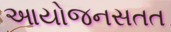
આયોજનસતત